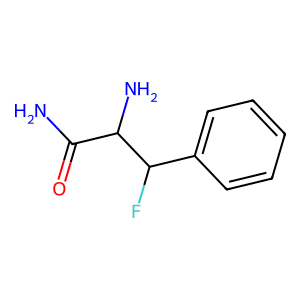
SMILES: NC(=O)C(N)C(F)c1ccccc1
Inhibits HIV replication: No